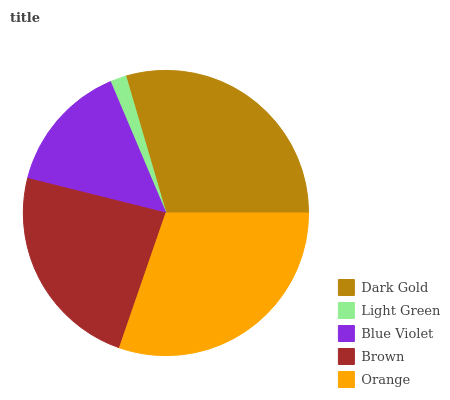
| Dark Gold | Light Green | Blue Violet | Brown | Orange |
 | --- | --- | --- | --- | --- |
 | 29.6% | 1.83% | 14.7% | 23.6% | 30.2% |